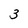
Character: 3